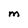
Character: M